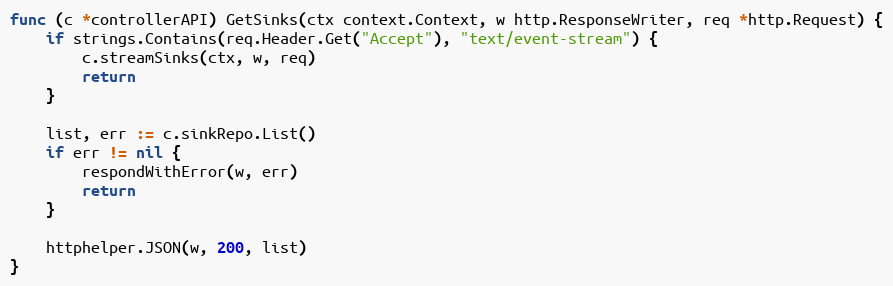
Language: Go
func (c *controllerAPI) GetSinks(ctx context.Context, w http.ResponseWriter, req *http.Request) {
	if strings.Contains(req.Header.Get("Accept"), "text/event-stream") {
		c.streamSinks(ctx, w, req)
		return
	}

	list, err := c.sinkRepo.List()
	if err != nil {
		respondWithError(w, err)
		return
	}

	httphelper.JSON(w, 200, list)
}